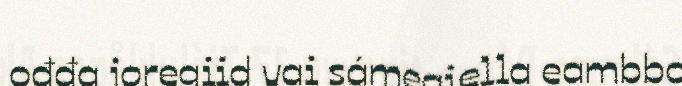
ođđa joregiid vai sámegiella eambbo